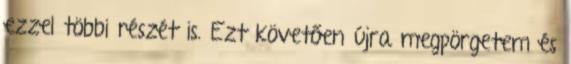
ezzel többi részét is. Ezt követően újra megpörgetem és